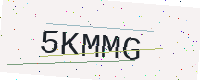
Text: 5KMMG